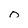
Character: o